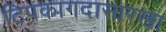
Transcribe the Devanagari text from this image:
टिपकागदासारखा